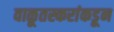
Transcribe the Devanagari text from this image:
वाळूतस्करांकडून